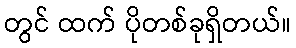
တွင် ထက် ပိုတစ်ခုရှိတယ်။